Civil Veterinary Dept. Bombay admin report 1932-41 - 1932-1941
Year: 1932
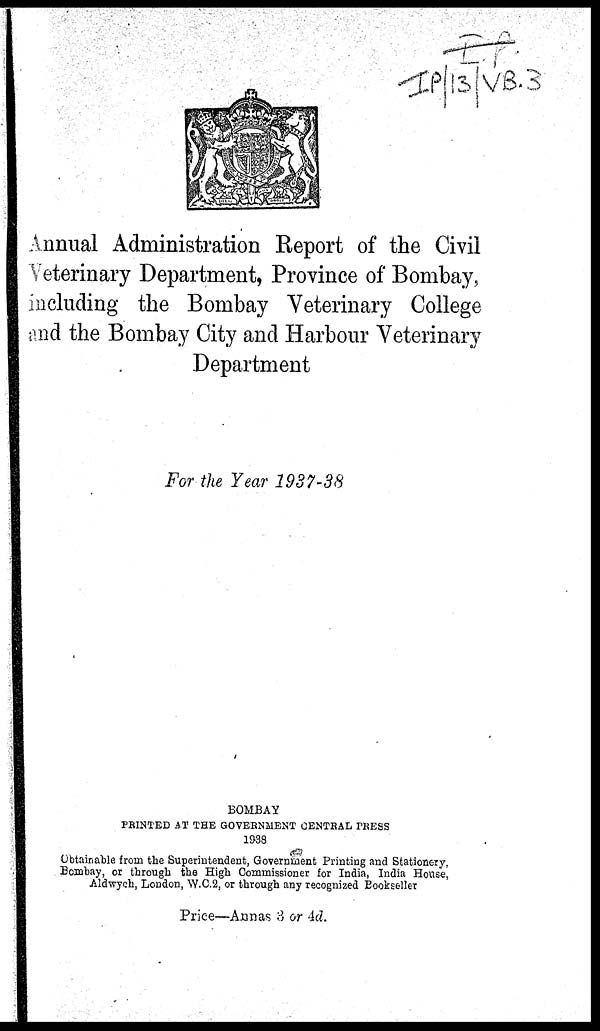
Annual Administration Report of the Civil
Veterinary Department, Province of Bombay,
including the Bombay Veterinary College
and the Bombay City and Harbour Veterinary
Department
For the Year 1937-38
BOMBAY
PRINTED AT THE GOVERNMENT CENTRAL PRESS
1938
Obtainable from the Superintendent, Government Printing and Stationery,
Bombay, or through the High Commissioner for India, India House,
Aldwych, London, W.C.2, or through any recognized Bookseller
Price—Annas 3 or 4d.